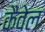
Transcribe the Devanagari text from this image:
कैवेल